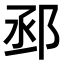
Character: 𨚱